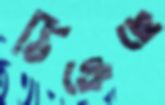
ঠিক্‌রেছে